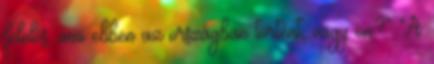
felelős, ami ebben az országban történt, vagy ön?” A